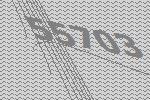
55703